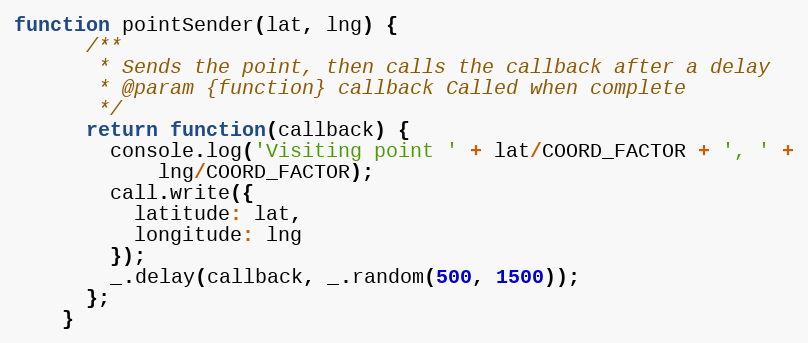
Language: JavaScript
function pointSender(lat, lng) {
      /**
       * Sends the point, then calls the callback after a delay
       * @param {function} callback Called when complete
       */
      return function(callback) {
        console.log('Visiting point ' + lat/COORD_FACTOR + ', ' +
            lng/COORD_FACTOR);
        call.write({
          latitude: lat,
          longitude: lng
        });
        _.delay(callback, _.random(500, 1500));
      };
    }